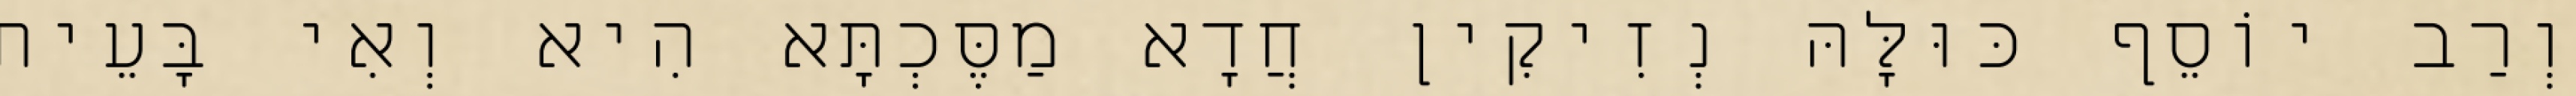
וְרַב יוֹסֵף כּוּלָּהּ נְזִיקִין חֲדָא מַסֶּכְתָּא הִיא וְאִי בָּעֵית